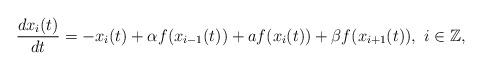
LaTeX: \begin{align*}\frac{dx_i(t)}{dt} =-x_i(t)+\alpha f(x_{i-1}(t))+af(x_{i}(t))+\beta f(x_{i+1}(t)),\,\,i\in\mathbb{Z},\end{align*}